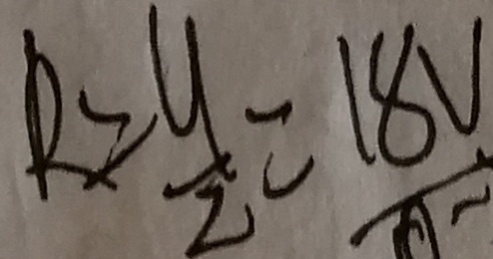
R = \frac { 9 } { 2 } = 1 8 V